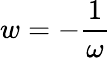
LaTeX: w=-\frac 1\omega